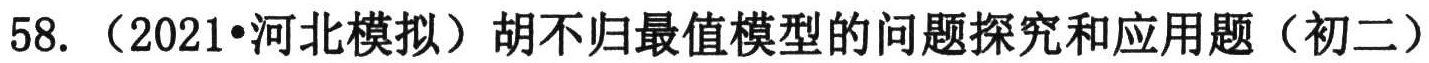
58. （2021•河北模拟）胡不归最值模型的问题探究和应用题（初二）